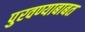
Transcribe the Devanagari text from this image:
पुरवण्याबाबत